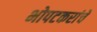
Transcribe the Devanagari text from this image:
भोपटकरांचे